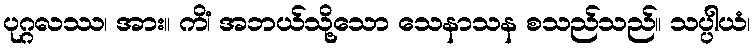
ပုဂ္ဂလဿ၊ အား။ ကိံ၊ အဘယ်သို့သော သေနာသန စသည်သည်။ သပ္ပါယံ၊